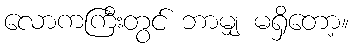
လောကကြီးတွင် ဘာမျှ မရှိတော့။